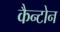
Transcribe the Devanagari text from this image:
कैन्टोन